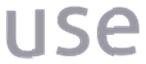
use